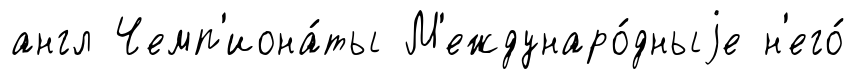
англ Чемп'иона́ты М'еждунаро́дныjе н'его́